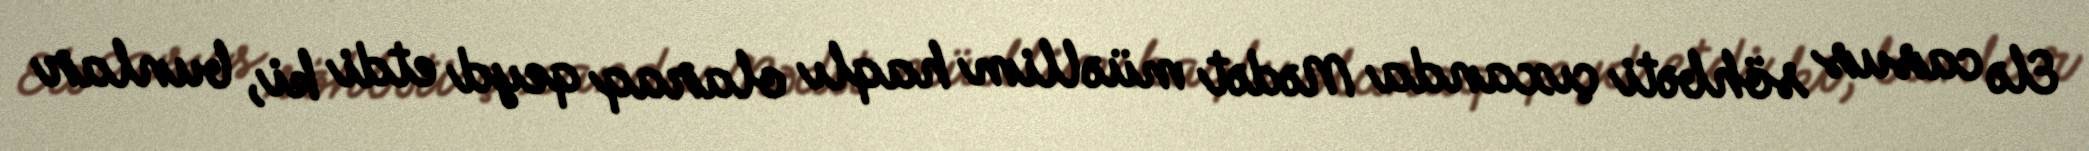
Elə casus söhbəti çıxanda Mədət müəllim haqlı olaraq qeyd etdi ki, bunlar